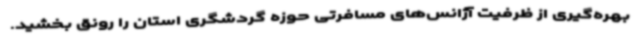
بهره‌گیری از ظرفیت آژانس‌های مسافرتی حوزه گردشگری استان را رونق بخشید.